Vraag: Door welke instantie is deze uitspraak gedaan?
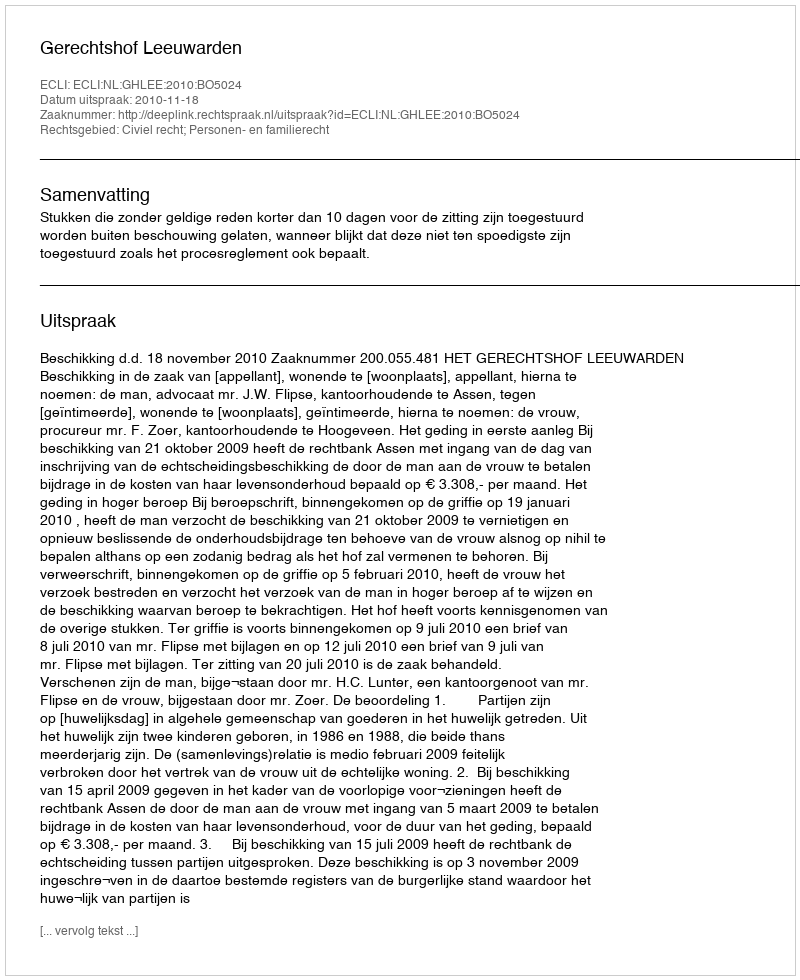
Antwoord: Gerechtshof Leeuwarden